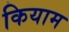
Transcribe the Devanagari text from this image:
कियाम